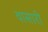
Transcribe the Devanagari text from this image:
वासारी